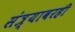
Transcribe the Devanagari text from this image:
संत्र्यावरही